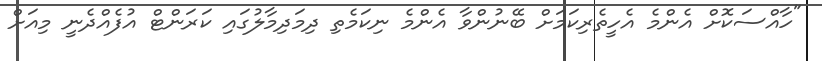
"ހާއްސަކޮށް އެންމެ އެހީތެރިކަމަށް ބޭނުންވާ އެންމެ ނިކަމެތި ދިމަދިމާލުގައި ކަރަންޓް އުފެއްދެނީ މިއަށް